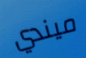
ميندي